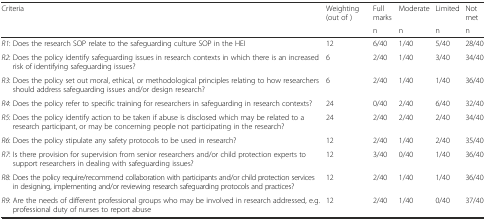
| <ROWSPAN=2> Criteria | Weighting (out of ) | Full marks | Moderate | Limited | Not met |
 |  | n | n | n | n |
 | --- | --- | --- | --- | --- | --- |
 | R1: Does the research SOP relate to the safeguarding culture SOP in the HEI | 12 | 6/40 | 1/40 | 5/40 | 28/40 |
 | R2: Does the policy identify safeguarding issues in research contexts in which there is an increased risk of identifying safeguarding issues? | 6 | 2/40 | 1/40 | 3/40 | 34/40 |
 | R3: Does the policy set out moral, ethical, or methodological principles relating to how researchers should address safeguarding issues and/or design research? | 6 | 2/40 | 1/40 | 1/40 | 36/40 |
 | R4: Does the policy refer to specific training for researchers in safeguarding in research contexts? | 24 | 0/40 | 2/40 | 6/40 | 32/40 |
 | R5: Does the policy identify action to be taken if abuse is disclosed which may be related to a research participant, or may be concerning people not participating in the research? | 24 | 2/40 | 2/40 | 2/40 | 34/40 |
 | R6: Does the policy stipulate any safety protocols to be used in research? | 12 | 2/40 | 1/40 | 2/40 | 35/40 |
 | R7: Is there provision for supervision from senior researchers and/or child protection experts to support researchers in dealing with safeguarding issues? | 12 | 3/40 | 0/40 | 1/40 | 36/40 |
 | R8: Does the policy require/recommend collaboration with participants and/or child protection services in designing, implementing and/or reviewing research safeguarding protocols and practices? | 12 | 2/40 | 1/40 | 1/40 | 36/40 |
 | R9: Are the needs of different professional groups who may be involved in research addressed, e.g. professional duty of nurses to report abuse | 12 | 2/40 | 1/40 | 0/40 | 37/40 |